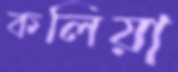
কলিয়া